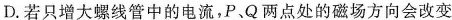
D.若只增大螺线管中的电流，P、Q两点处的磁场方向会改变